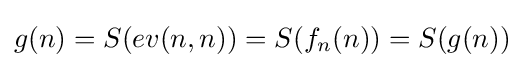
g(n)=S(ev(n,n))=S(f_{n}(n))=S(g(n))